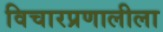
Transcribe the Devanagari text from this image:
विचारप्रणालीला